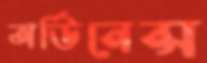
অর্ডিনেন্স